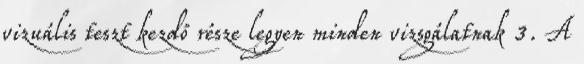
vizuális teszt kezdő része legyen minden vizsgálatnak 3. A